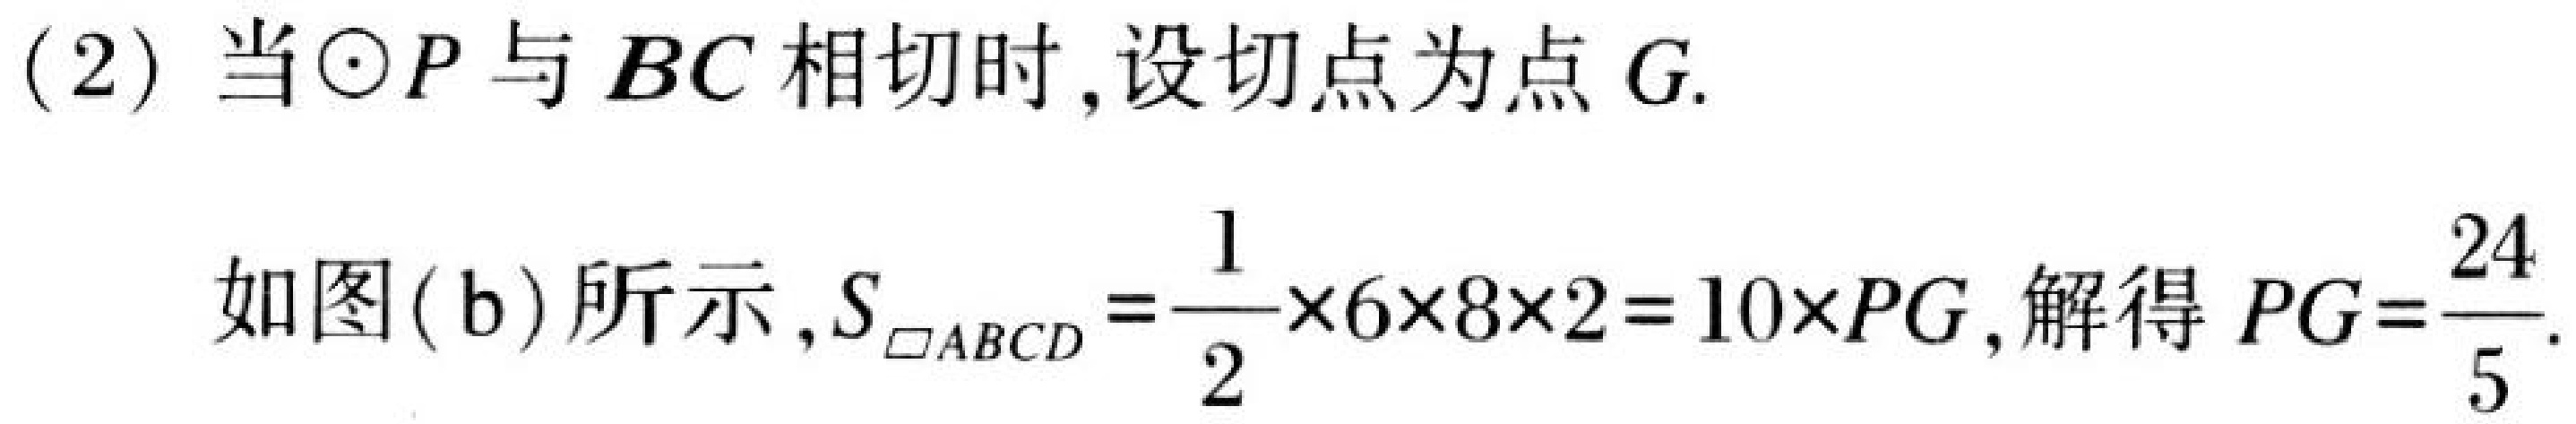
(2) 当\(\odot P\)与 \(BC\) 相切时, 设切点为点 \(G\).
如图(b)所示, \(S_{\square ABCD}=\dfrac{1}{2}\times6\times8\times2 = 10\times PG\), 解得 \(PG=\dfrac{24}{5}\).